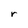
Character: r